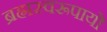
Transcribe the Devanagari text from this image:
ब्रह्मस्वरूपायो